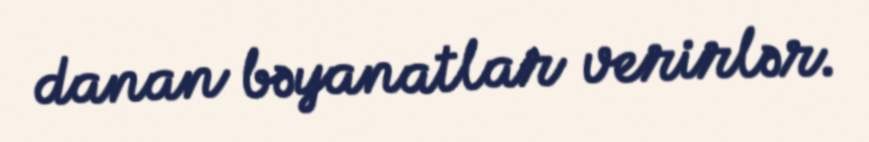
danan bəyanatlar verirlər.